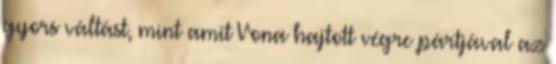
gyors váltást, mint amit Vona hajtott végre pártjával az